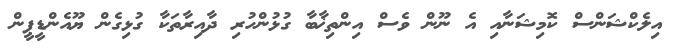
އިލެކްޝަންސް ކޮމިޝަނާއި އެ ނޫން ވެސް އިންތިޚާބާ ގުޅުންހުރި ދާއިރާތަކާ ގުޅިގެން ޔޫއެންޑީޕީން